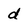
Character: d